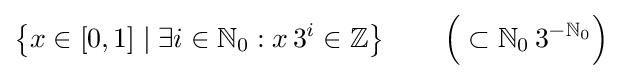
\left\{x\in [0,1]\mid \exists i\in \mathbb {N} _{0}:x\,3^{i}\in \mathbb {Z} \right\}\qquad {\Bigl (}\subset \mathbb {N} _{0}\,3^{-\mathbb {N} _{0}}{\Bigr )}